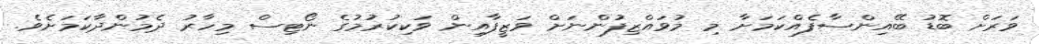
ވަރަށް ބޮޑު ބޭއިންސާފެއްކަމަށާ މި މުވައްޒިފުންނަށް ވަޒީފާއިން ވަކިކުރުމުގެ ނޯޓިސް މިހާރު ދެމުންދާކަމަށެވެ.